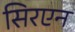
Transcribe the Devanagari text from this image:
सिरएन